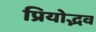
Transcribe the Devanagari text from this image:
प्रियोद्भव